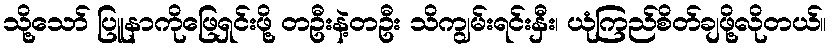
သို့သော် ပြူနာကိုဖြေရှင်းဖို့ တဦးနဲ့တဦး သိကျွမ်းရင်းနှီး၊ ယုံကြည်စိတ်ချဖို့လိုတယ်။